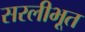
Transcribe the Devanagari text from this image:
सरलीभूत